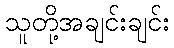
သူတို့အချင်းချင်း